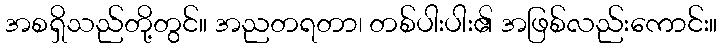
အစရှိသည်တို့တွင်။ အညတရတာ၊ တစ်ပါးပါး၏ အဖြစ်လည်းကောင်း။